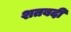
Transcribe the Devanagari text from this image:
शतबदी